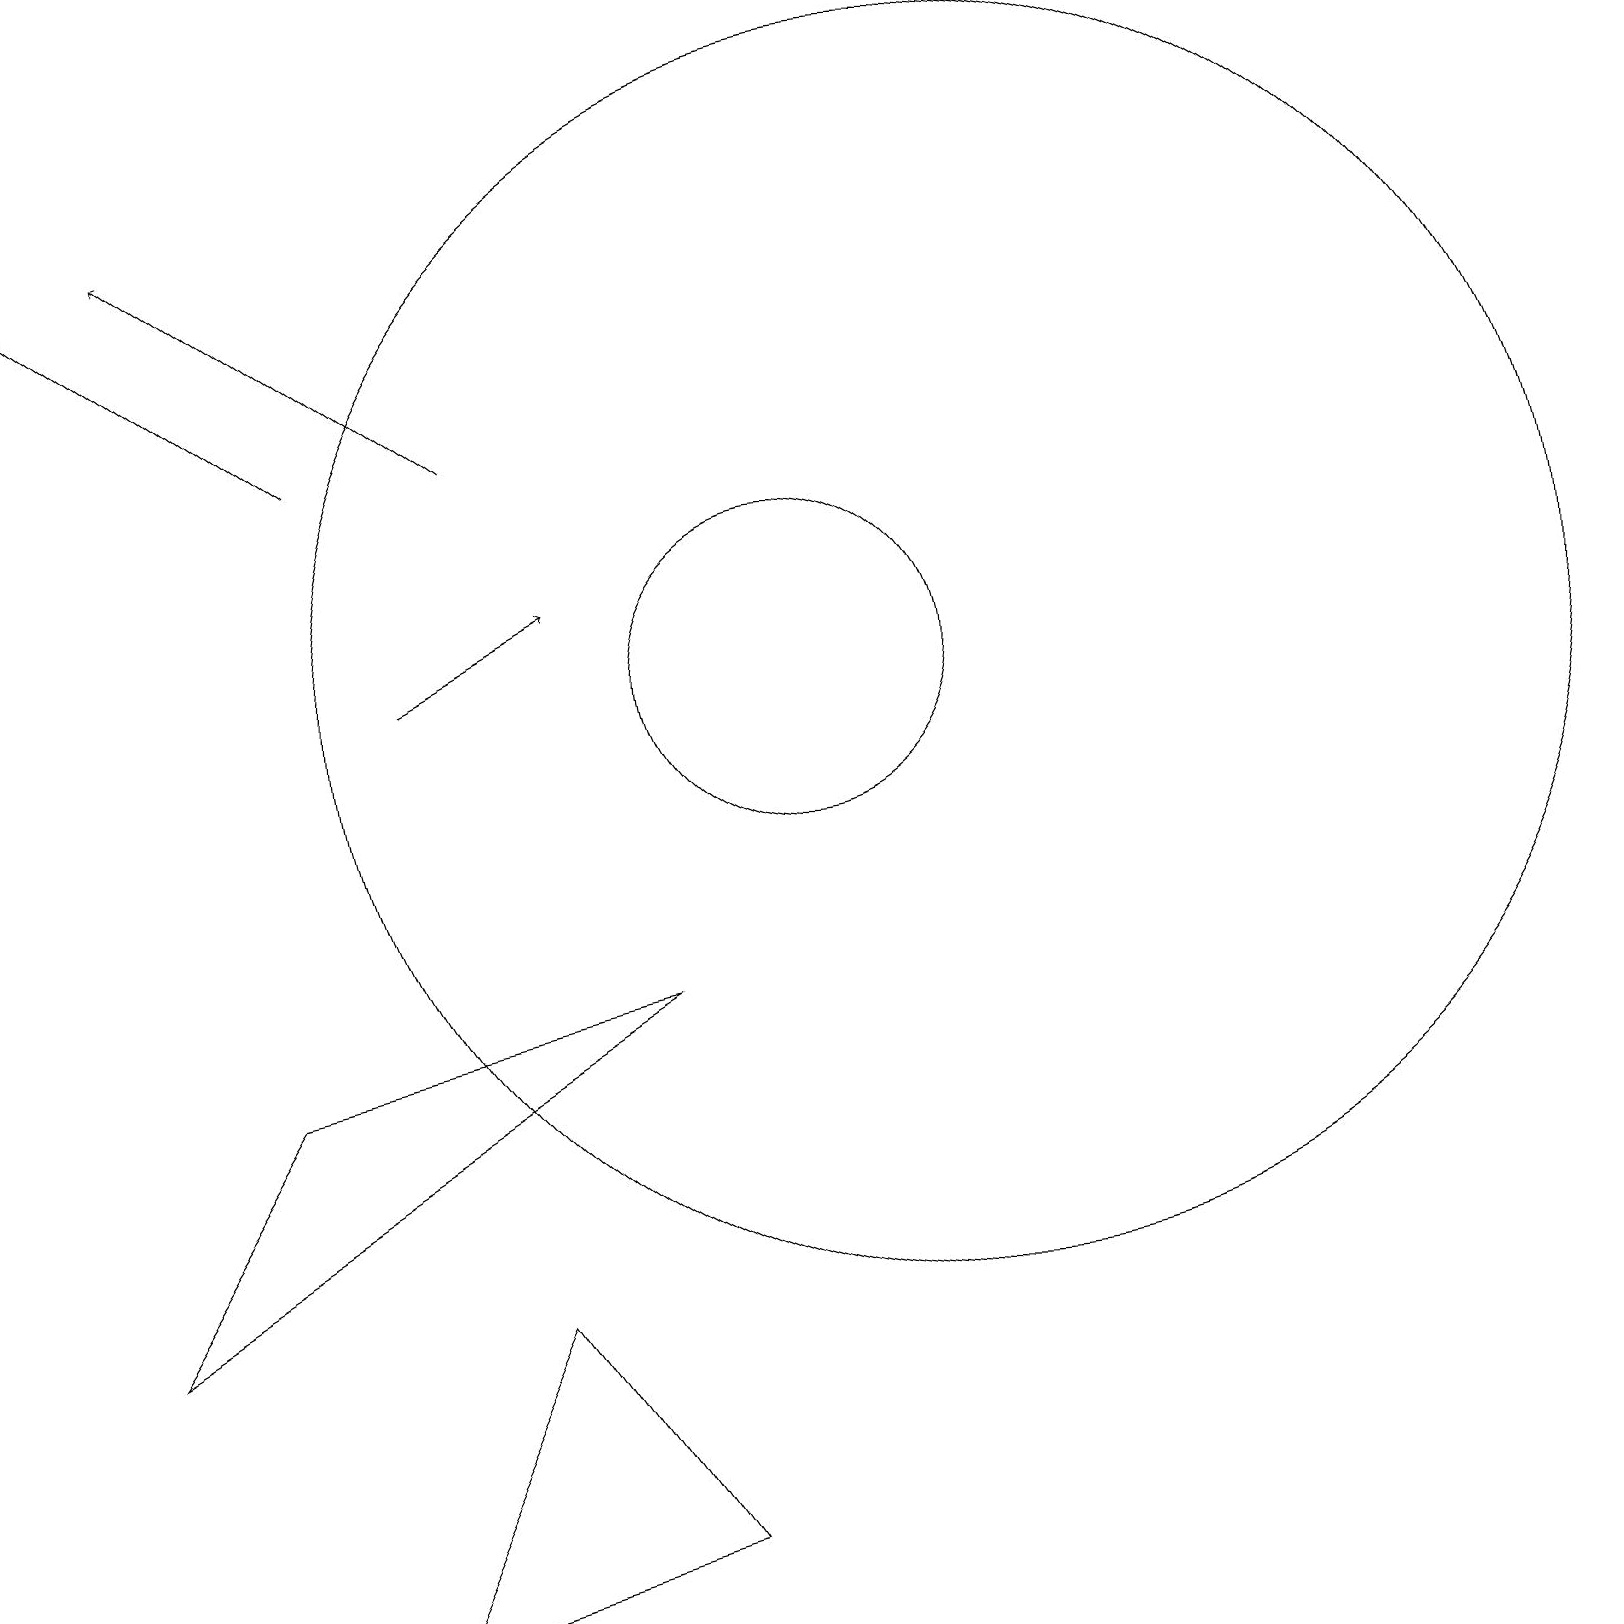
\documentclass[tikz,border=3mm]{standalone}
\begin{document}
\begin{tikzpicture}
\draw[->] (5,12) -- (7,13);
\draw (3,7) -- (8,8) -- (1,4) -- cycle;
\draw[->] (4,15) -- (0,18);
\draw[->] (6,15) -- (2,18);
\draw (4,0) -- (6,4) -- (8,1) -- cycle;
\draw (10,12) circle (2);
\draw (12,12) circle (8);
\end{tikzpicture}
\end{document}